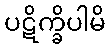
ပဋိက္ခိပါမိ